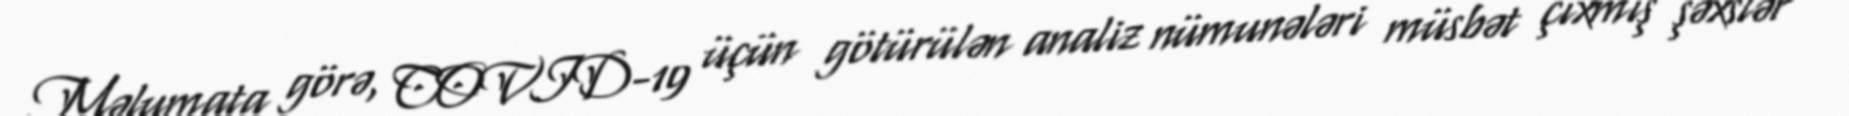
Məlumata görə, COVID-19 üçün götürülən analiz nümunələri müsbət çıxmış şəxslər